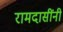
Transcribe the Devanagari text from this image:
रामदासींनी